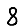
Digit: 8